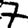
Digit: 7